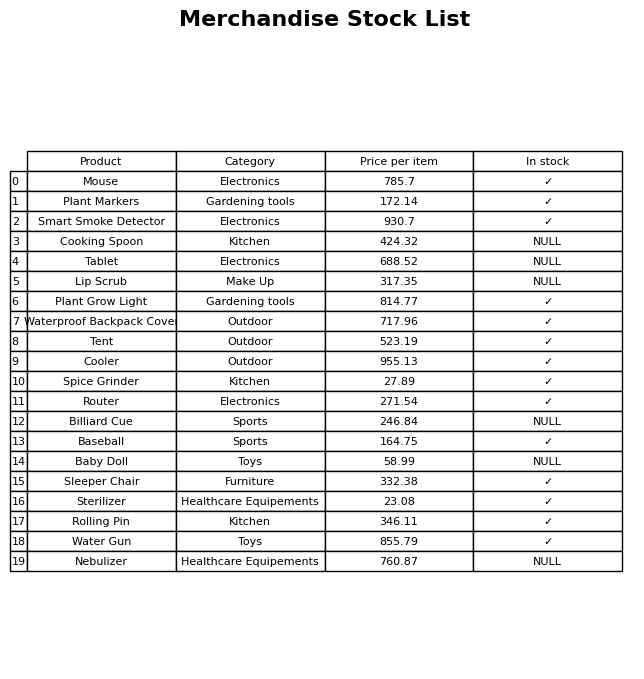
question: Which products are available in stock?
answer: Mouse, Plant Markers, Smart Smoke Detector, Plant Grow Light, Waterproof Backpack Cover, Tent, Cooler, Spice Grinder, Router, Baseball, Sleeper Chair, Sterilizer, Rolling Pin, Water Gun